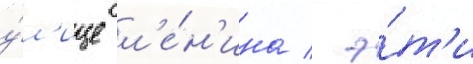
у́л'ице л'е́н'ина / э́т'и